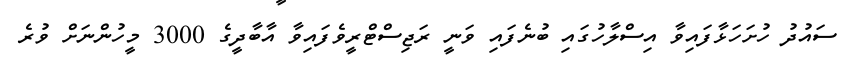
ސައުދު ހުށަހަޅާފައިވާ އިސްލާހުގައި ބުނެފައި ވަނީ ރަޖިސްޓްރީވެފައިވާ އާބާދީގެ 3000 މީހުންނަށް ވުރެ